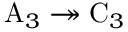
\mathrm { A } _ { 3 } \twoheadrightarrow \mathrm { C } _ { 3 }